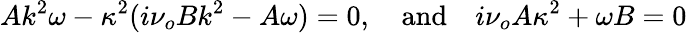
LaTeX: Ak^{2}\omega-\kappa^{2}(i\nu_{o}Bk^{2}-A\omega)=0,\quad\textrm{and}\quad i\nu_{o}A\kappa^{2}+\omega B=0